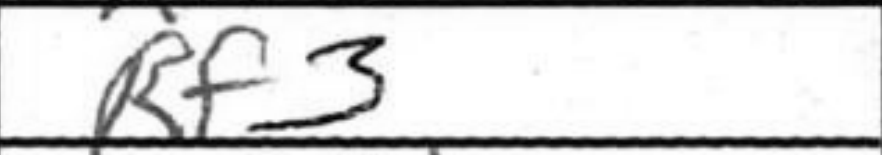
Transcription: Rf3